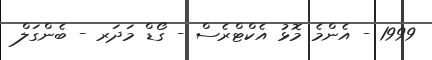
1999 - އެންމެ މޮޅު އެކްޓްރެސް - ގޯޑް މަދަރ - ބެންގަލް